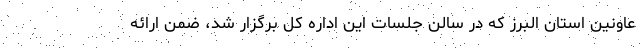
عاونین استان البرز که در سالن جلسات این اداره کل برگزار شد، ضمن ارائه